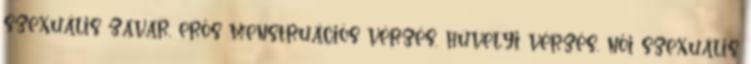
szexuális zavar, erős menstruációs vérzés, hüvelyi vérzés, női szexuális